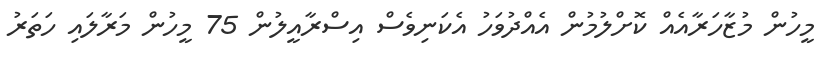
މީހުން މުޒާހަރާއެއް ކޮށްލުމުން އެއްދުވަހު އެކަނިވެސް އިސްރާއީލުން 75 މީހުން މަރާލައި ހަތަރު